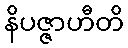
နိပဇ္ဇာဟီတိ